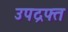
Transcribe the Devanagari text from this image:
उपद्रफ्त